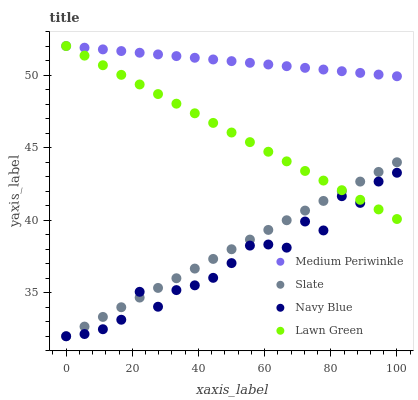
| xaxis_label | Medium Periwinkle | Slate | Navy Blue | Lawn Green |
 | --- | --- | --- | --- | --- |
 | 0 | 52 | 32 | 32 | 52 |
 | 5.56 | 51.9 | 32.7 | 32.2 | 51.3 |
 | 11.1 | 51.8 | 33.3 | 32.5 | 50.7 |
 | 16.7 | 51.7 | 34 | 33.1 | 50 |
 | 22.2 | 51.5 | 34.7 | 35.1 | 49.4 |
 | 27.8 | 51.4 | 35.3 | 34 | 48.7 |
 | 33.3 | 51.3 | 36 | 35.2 | 48 |
 | 38.9 | 51.2 | 36.7 | 35.5 | 47.4 |
 | 44.4 | 51.1 | 37.3 | 36 | 46.7 |
 | 50 | 51 | 38 | 37 | 46 |
 | 55.6 | 50.8 | 38.7 | 38.2 | 45.4 |
 | 61.1 | 50.7 | 39.3 | 38.3 | 44.7 |
 | 66.7 | 50.6 | 40 | 38.1 | 44.1 |
 | 72.2 | 50.5 | 40.7 | 39.9 | 43.4 |
 | 77.8 | 50.4 | 41.3 | 39.3 | 42.7 |
 | 83.3 | 50.3 | 42 | 41.7 | 42.1 |
 | 88.9 | 50.1 | 42.7 | 41.2 | 41.4 |
 | 94.4 | 50 | 43.3 | 42.7 | 40.7 |
 | 100 | 49.9 | 44 | 43.3 | 40.1 |